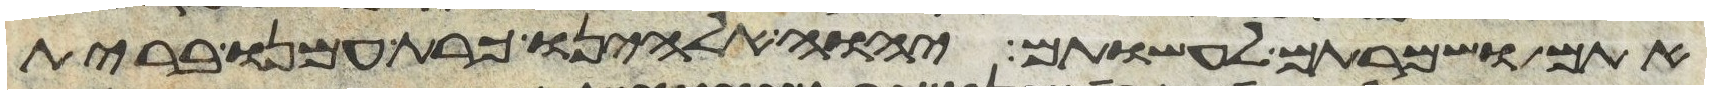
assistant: אתם ושמרתם לעשותם יהוה אלהינו כרת עמנו ברית